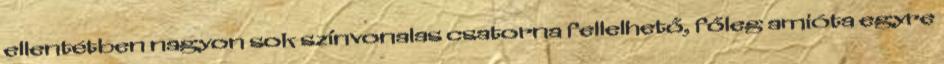
ellentétben nagyon sok színvonalas csatorna fellelhető, főleg amióta egyre